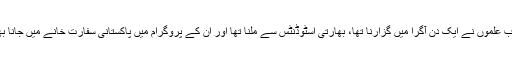
پاکستانی طالب علموں نے ایک دن آگرا میں گزارنا تھا، بھارتی اسٹوڈنٹس سے ملنا تھا اور ان کے پروگرام میں پاکستانی سفارت خانے میں جانا بھی شامل تھا۔